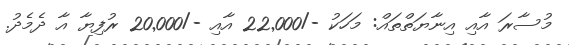
މުސާރަ އާއި އިނާޔަތްތައް: މަހަކު -/22